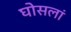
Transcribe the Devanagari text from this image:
घोसलां